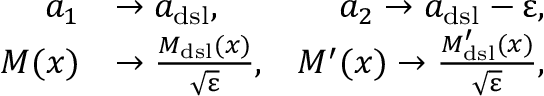
\begin{array} { r l r } { a _ { 1 } } & { \to a _ { \mathrm { d s l } } , } & { a _ { 2 } \to a _ { \mathrm { d s l } } - \upvarepsilon , } \\ { M ( x ) } & { \to \frac { M _ { \mathrm { d s l } } ( x ) } { \sqrt { \upvarepsilon } } , } & { M ^ { \prime } ( x ) \to \frac { M _ { \mathrm { d s l } } ^ { \prime } ( x ) } { \sqrt { \upvarepsilon } } , } \end{array}